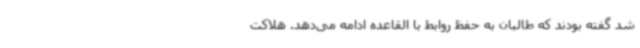
شد گفته بودند که طالبان به حفظ روابط با القاعده ادامه می‌دهد. هلاکت